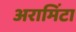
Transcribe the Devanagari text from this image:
अरामिंटा